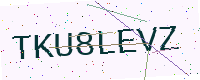
Text: TKU8LEVZ